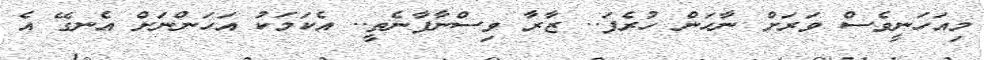
މިއަހަނީވެސް ވަރަށް ނާހަން ހުރެފަ.. ޒާރާ ވިސްނާފާނެތީ.. އެކަމަކު އަހަންނަށް އެނގޭ އެ